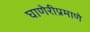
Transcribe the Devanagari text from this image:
घाणेरीप्रमाणे